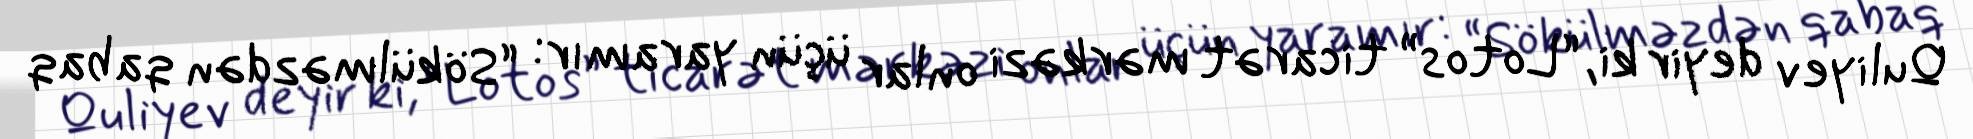
Quliyev deyir ki, “Lotos” ticarət mərkəzi onlar üçün yaramır: “Sökülməzdən qabaq